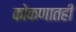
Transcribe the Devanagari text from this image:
कोकणातही